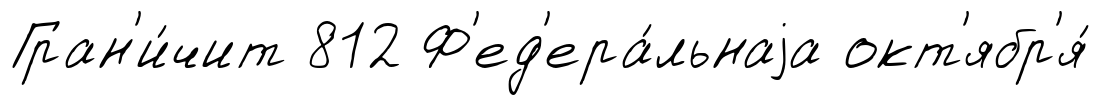
Гран'и́чит 812 Ф'ед'ера́льнаjа окт'ябр'я́